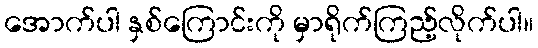
အောက်ပါ နှစ်ကြောင်းကို မှာရိုက်ကြည့်လိုက်ပါ။